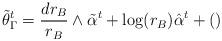
LaTeX: \begin{align*}\tilde \theta_\Gamma^t = \frac{dr_B}{r_B}\wedge \tilde\alpha^t + \log(r_B) \hat\alpha^t + ()\end{align*}